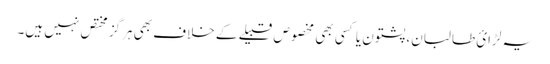
یہ لڑائ طالبان، پشتون یا کسی بھی مخصوص قبیلے کے خلاف بھی ہرگز مختص نہیں ہیں۔